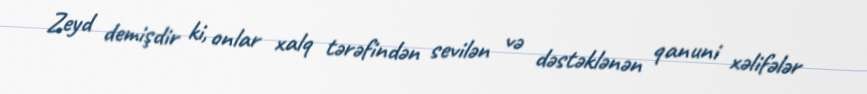
Zeyd demişdir ki, onlar xalq tərəfindən sevilən və dəstəklənən qanuni xəlifələr